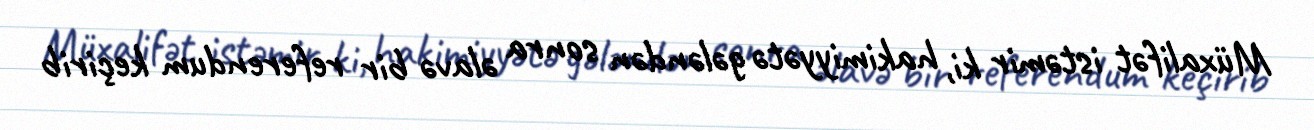
Müxalifət istəmir ki, hakimiyyətə gələndən sonra əlavə bir referendum keçirib